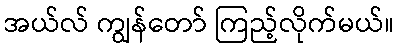
အယ်လ် ကျွန်တော် ကြည့်လိုက်မယ်။